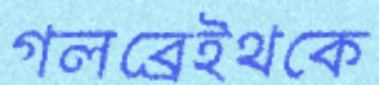
গলব্রেইথকে